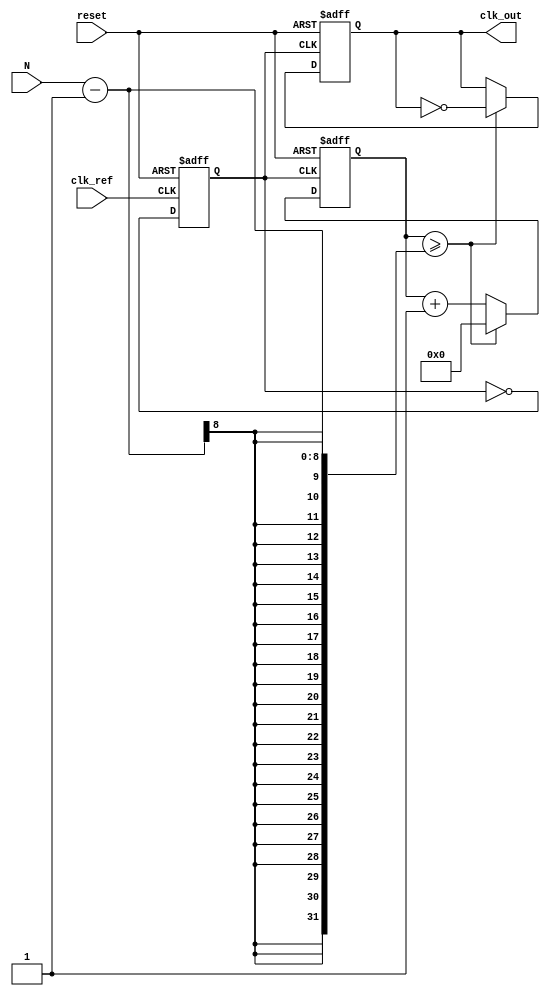
module integer_n_pll (
    input wire clk_ref,           // Reference clock input
    input wire reset,             // Reset signal
    input wire [7:0] N,           // Division factor (N) for frequency divider
    output reg clk_out            // Output clock
);

    // Parameters for loop filter
    parameter LOOP_FILTER_GAIN = 2; // Gain for the loop filter
    parameter VCO_MAX_FREQ = 100;    // Max output frequency for VCO
    parameter VCO_MIN_FREQ = 10;     // Min output frequency for VCO

    // Internal signals
    reg [15:0] vco_freq;            // VCO frequency control voltage
    reg [15:0] phase_error;         // Phase error signal
    reg [15:0] loop_filter_output;  // Output from the loop filter
    reg [7:0] divider_count;        // Count for the frequency divider
    reg clk_vco;                    // VCO output clock signal

    // Phase Detector (PD) - simple XOR phase detector for demo purposes
    always @(posedge clk_ref or posedge reset) begin
        if (reset) begin
            phase_error <= 0;
        end else begin
            // Compare reference and feedback clock (simple way)
            phase_error <= (clk_ref == clk_vco) ? 0 : 1; // Simulating phase comparison
        end
    end

    // Loop Filter (LF) - simple proportional filter
    always @(posedge clk_ref or posedge reset) begin
        if (reset) begin
            loop_filter_output <= 0;
        end else begin
            loop_filter_output <= loop_filter_output + (LOOP_FILTER_GAIN * phase_error);
            // Clamping the output to prevent over/underflow
            if (loop_filter_output > VCO_MAX_FREQ) loop_filter_output <= VCO_MAX_FREQ;
            if (loop_filter_output < VCO_MIN_FREQ) loop_filter_output <= VCO_MIN_FREQ;
        end
    end

    // Voltage-Controlled Oscillator (VCO) - generates output clock based on control voltage
    always @(posedge clk_ref or posedge reset) begin
        if (reset) begin
            vco_freq <= VCO_MIN_FREQ;
            clk_vco <= 0;
        end else begin
            vco_freq <= loop_filter_output; // Control frequency from loop filter
            // Generate clock signal based on VCO frequency (simplified)
            clk_vco <= ~clk_vco; // This toggles at every cycle for simplicity
        end
    end

    // Frequency Divider (N)
    always @(posedge clk_vco or posedge reset) begin
        if (reset) begin
            divider_count <= 0;
            clk_out <= 0;
        end else begin
            if (divider_count >= (N - 1)) begin
                clk_out <= ~clk_out; // Toggle output clock every N cycles
                divider_count <= 0;
            end else begin
                divider_count <= divider_count + 1;
            end
        end
    end

endmodule